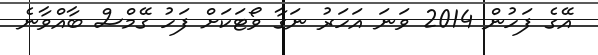
އޭގެ ފަހުން 2014 ވަނަ އަހަރު ނަގާ ވޯޓަކަށް ފަހު ގޭމްސް ބާއްވާނެ